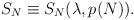
LaTeX: \begin{align*}S_{N} \equiv S_{N}(\lambda, p(N)).\end{align*}